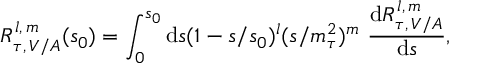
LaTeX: R _ { \tau , \, V / A } ^ { l , \, m } ( s _ { 0 } ) = \int _ { 0 } ^ { s _ { 0 } } \mathrm { d } s ( 1 - s / s _ { 0 } ) ^ { l } ( s / m _ { \tau } ^ { 2 } ) ^ { m } \, \, \frac { \mathrm { d } R _ { \tau , \, V / A } ^ { l , \, m } } { \mathrm { d } s } ,